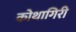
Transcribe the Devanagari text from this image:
कोथागिरी